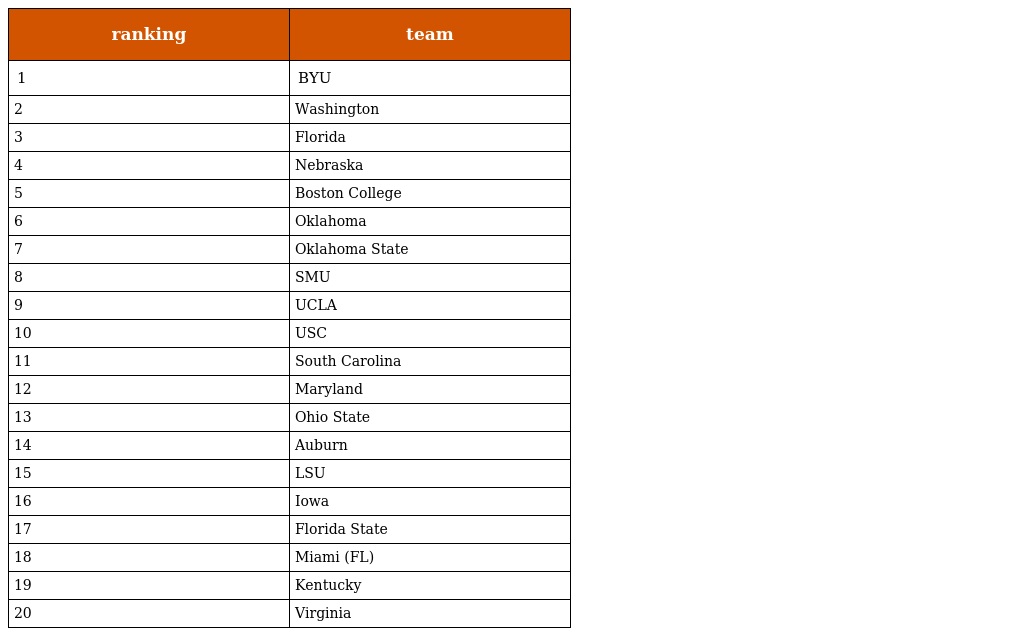
| ranking | team |
 | --- | --- |
 | 1 | BYU |
 | 2 | Washington |
 | 3 | Florida |
 | 4 | Nebraska |
 | 5 | Boston College |
 | 6 | Oklahoma |
 | 7 | Oklahoma State |
 | 8 | SMU |
 | 9 | UCLA |
 | 10 | USC |
 | 11 | South Carolina |
 | 12 | Maryland |
 | 13 | Ohio State |
 | 14 | Auburn |
 | 15 | LSU |
 | 16 | Iowa |
 | 17 | Florida State |
 | 18 | Miami (FL) |
 | 19 | Kentucky |
 | 20 | Virginia |